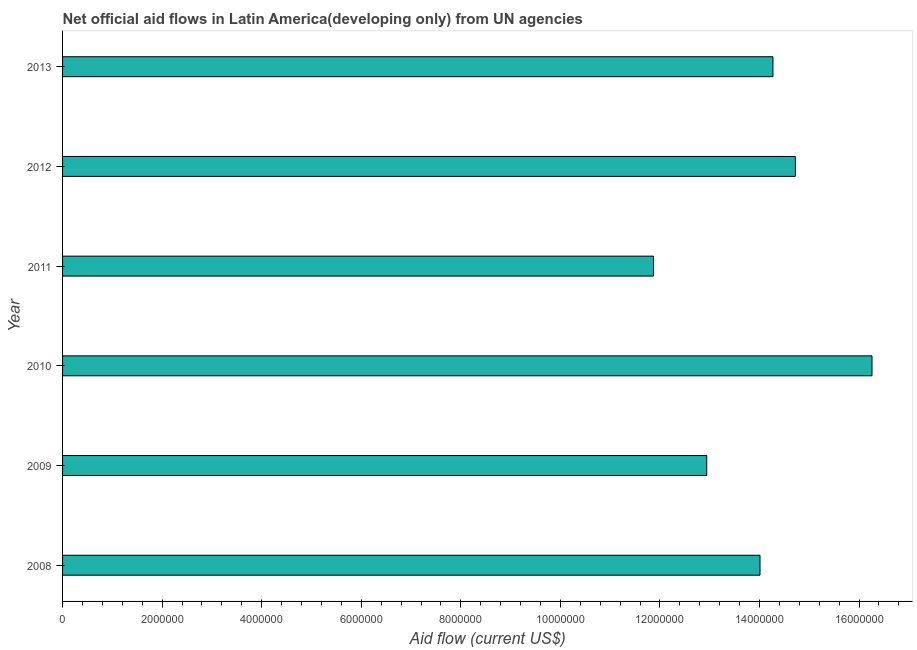
| Year | Net official flows from UN agencies |
 | --- | --- |
 | 2008 | 1.4e+07 |
 | 2009 | 1.29e+07 |
 | 2010 | 1.63e+07 |
 | 2011 | 1.19e+07 |
 | 2012 | 1.47e+07 |
 | 2013 | 1.43e+07 |